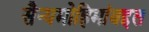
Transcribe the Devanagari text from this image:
सैन्यमोहिमांबद्दल